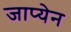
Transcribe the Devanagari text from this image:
जाप्येन